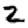
Digit: 2